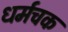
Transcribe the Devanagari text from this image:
धर्मचक